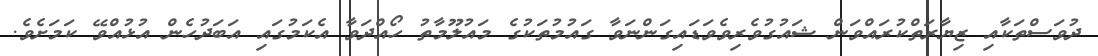
ދުވަސްތަކާއި ޒިޔާރަތްކުރައްވަން ޝައުގުވެރިވެވަޑައިގަންނަވާ ގައުމުތަކުގެ މައުލޫމާތު ހޯއްދަވާ އެކަމުގައި އަބަދުހެން އުޅުއްވޭ ކަމަށެވެ.